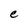
Character: e